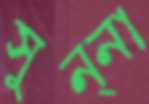
সুন্না